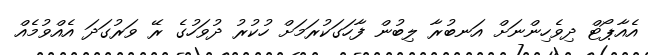
އެއާޕޯޓް ދިވެހިންނަށް އަނބުރާ ލިބުން ފާހަގަކުރަމަށް ހުކުރު ދުވަހުގެ ރޭ ވަރުގަދަ އެއްވުމެއް